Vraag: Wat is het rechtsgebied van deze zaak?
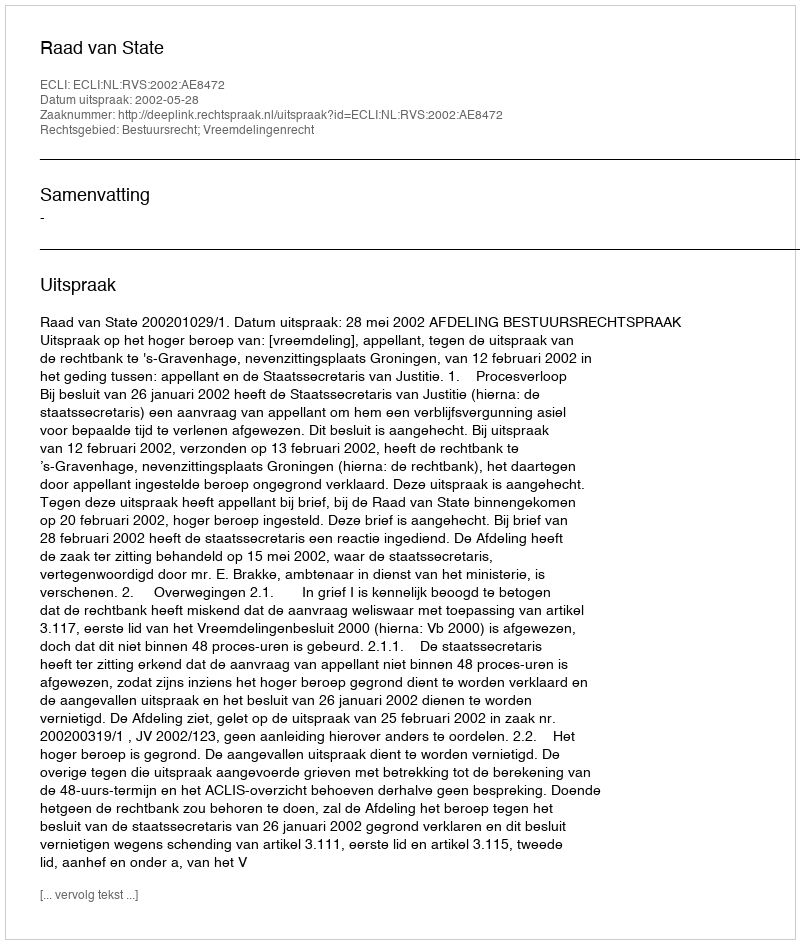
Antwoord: Bestuursrecht; Vreemdelingenrecht